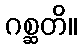
ဂစ္ဆတိ။